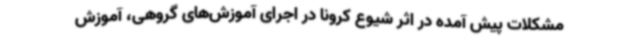
مشکلات پیش آمده در اثر شیوع کرونا در اجرای آموزش‌های گروهی، آموزش